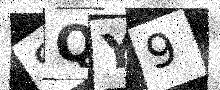
Text: 8QY9